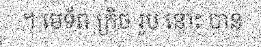
។ មេទ័ព ក្រិច រូប នោះ បាន